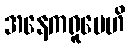
အနေကရူပေဟိ